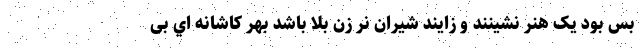
بس بود یک هنر نشینند و زایند شیران نر زن بلا باشد بهر کاشانه اي بی